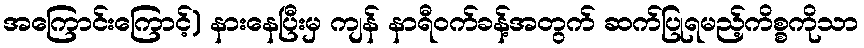
အကြောင်းကြောင့်) နားနေပြီးမှ ကျန် နာရီဝက်ခန့်အတွက် ဆက်ပြုရမည့်ကိစ္စကိုသာ